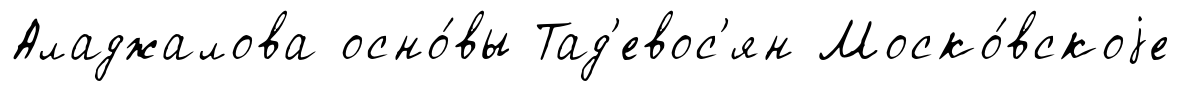
Аладжалова осно́вы Тад'евос'ян Моско́вскоjе